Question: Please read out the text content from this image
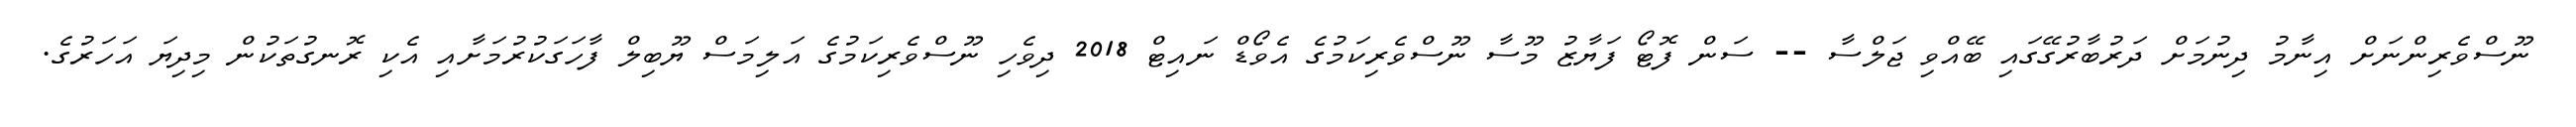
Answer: ނޫސްވެރިންނަށް އިނާމު ދިނުމަށް ދަރުބާރުގޭގައި ބޭއްވި ޖަލްސާ -- ސަން ފޮޓޯ ފަޔާޒު މޫސާ ނޫސްވެރިކަމުގެ އެވޯޑް ނައިޓް 2018 ދިވެހި ނޫސްވެރިކަމުގެ އަލިމަސް ޔޫބިލް ފާހަގަކުރުމަށާއި އެކި ރޮނގުތަކުން މިދިޔަ އަހަރުގެ.